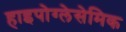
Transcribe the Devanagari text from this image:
हाइपोग्लेसेमिक